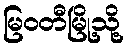
မြဝတီမြို့သို့